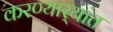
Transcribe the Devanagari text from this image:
करण्यार्‍यांत